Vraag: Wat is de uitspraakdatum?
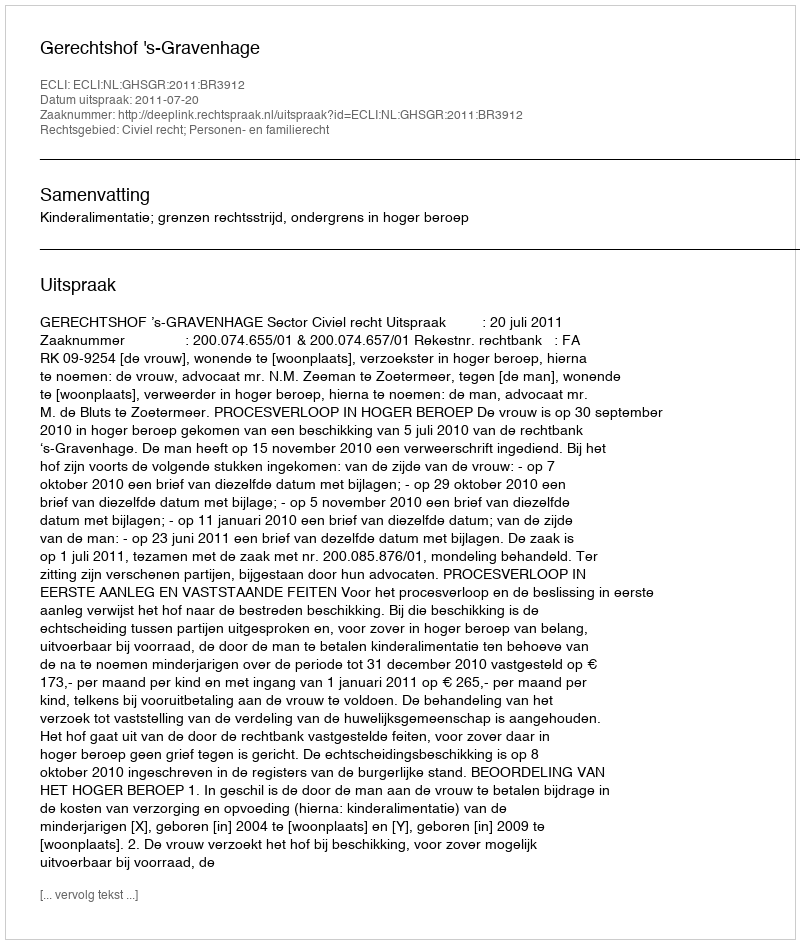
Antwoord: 2011-07-20